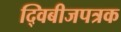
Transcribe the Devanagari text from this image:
द्विबीजपत्रक